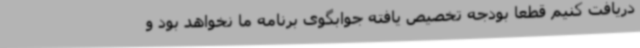
دریافت کنیم قطعا بودجه تخصیص یافته جوابگوی برنامه ما نخواهد بود و